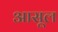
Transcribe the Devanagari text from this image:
आसूल